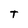
Character: T